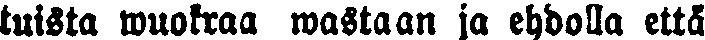
tuista wuokraa wastaan ja ehdolla että